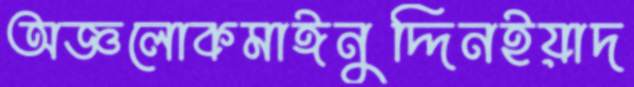
অজ্ঞলোকমাঈনুদ্দিনইয়াদ